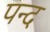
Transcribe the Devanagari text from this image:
पन्द